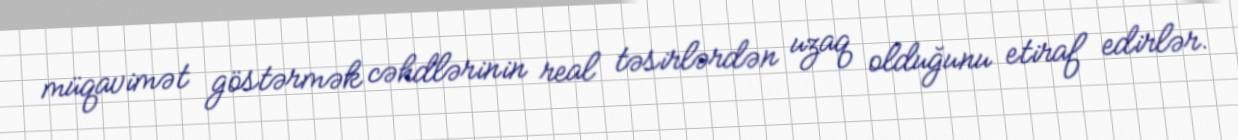
müqavimət göstərmək cəhdlərinin real təsirlərdən uzaq olduğunu etiraf edirlər.